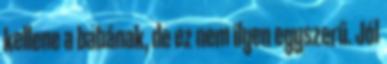
kellene a babának, de ez nem ilyen egyszerű. Jól